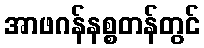
အာဖဂန်နစ္စတန်တွင်